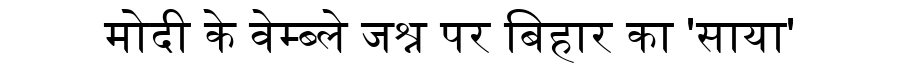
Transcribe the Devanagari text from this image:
मोदी के वेम्ब्ले जश्न पर बिहार का 'साया'